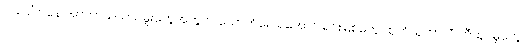
လပေါ်ကနေ အာကာသယာဉ်မှူးတွေအတွက် သောက်ရေ ရအောင် ရင်းမြစ်တွေ ထုတ်ယူတာလို တီထွင်မှုတွေ